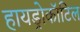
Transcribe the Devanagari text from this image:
हायड्रोकॉटिल